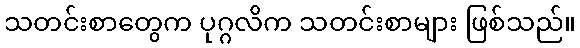
သတင်းစာတွေက ပုဂ္ဂလိက သတင်းစာများ ဖြစ်သည်။